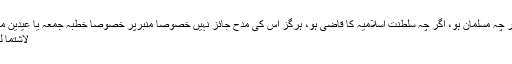
جو قاضی خلاف احکام شرعیہ حکم کرتا ہو، اگر چہ مسلمان ہو، اگر چہ سلطنت اسلامیہ کا قاضی ہو، ہرگز اس کی مدح جائز نہیں خصوصا منبرپر خصوصا خطبہ جمعہ یا عیدین میں اس کے سبب خطبہ میں تو کراہت یقینی ہے
لاشتما لھا علی المحرم( کیونکہ یہ حرام پر مشتمل ہے ۔